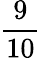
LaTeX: \frac{9}{10}